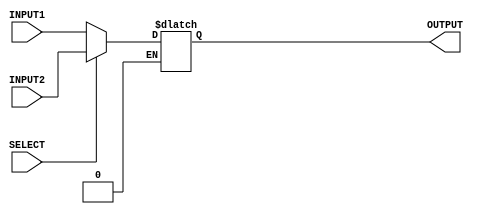
// 32 bit 2 into 1 mux
module mux32 (OUTPUT, INPUT1, INPUT2, SELECT);
    input SELECT;
    input[31:0] INPUT1, INPUT2;
    output reg [31:0] OUTPUT;
    always @(*) begin
        if (SELECT==0) OUTPUT = INPUT1;
        else if (SELECT ==1) OUTPUT = INPUT2;
    end
    
endmodule